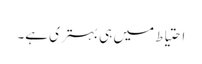
احتیاط میں ہی بہتری ہے۔